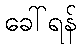
ခေါ်ရန်